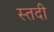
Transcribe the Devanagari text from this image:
स्तदी